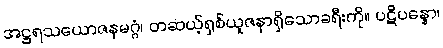
အဋ္ဌရသယောဇနမဂ္ဂံ၊ တဆယ့်ရှစ်ယူဇနာရှိသောခရီးကို။ ပဋိပန္နော၊